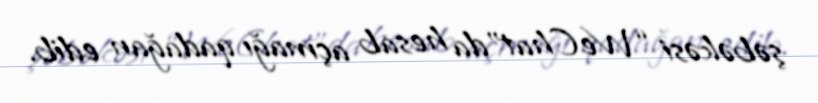
şəbəkəsi “WeChat”da hesab açmağı qadağan edib.